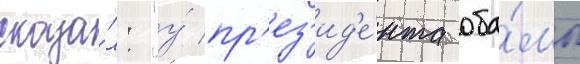
сказа́л: "у́ пр'ез'ид'е́нта оба́мы